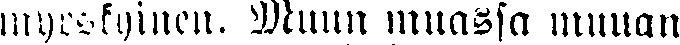
myrskyinen. Muun muassa muuan